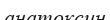
анатоксин